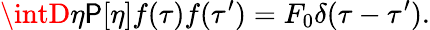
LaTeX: \intD\eta\mathsf{P}[\eta]f(\tau)f(\tau^{\prime})=F_{0}\delta(\tau-\tau^{\prime}).